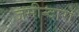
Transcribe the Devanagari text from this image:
जमीन्दारो